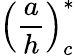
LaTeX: \left(\frac{a}{h}\right)_{c}^{*}